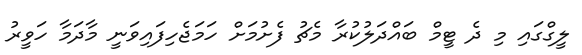
ލީގްގައި މި ދެ ޓީމް ބައްދަލުކުރާ މެޗު ފެށުމަށް ހަމަޖެހިފައިވަނީ މާދަމާ ހަވީރު